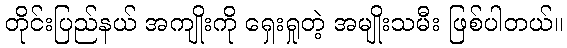
တိုင်းပြည်နယ် အကျိုးကို ရှေးရှုတဲ့ အမျိုးသမီး ဖြစ်ပါတယ်။